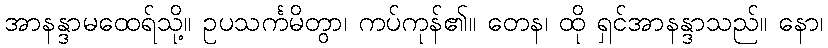
အာနန္ဒာမထေရ်သို့။ ဥပသင်္ကမိတွာ၊ ကပ်ကုန်၏။ တေန၊ ထို ရှင်အာနန္ဒာသည်။ နော၊